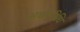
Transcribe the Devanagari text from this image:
अर्धपरिधि